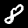
Digit: 8